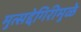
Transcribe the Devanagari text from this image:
मुत्सद्देगिरीमुळे